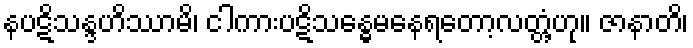
နပဋိသန္ဒဟိဿာမိ၊ ငါကားပဋိသန္ဓေမနေရတော့လတ္တံ့ဟု။ ဇာနာတိ၊